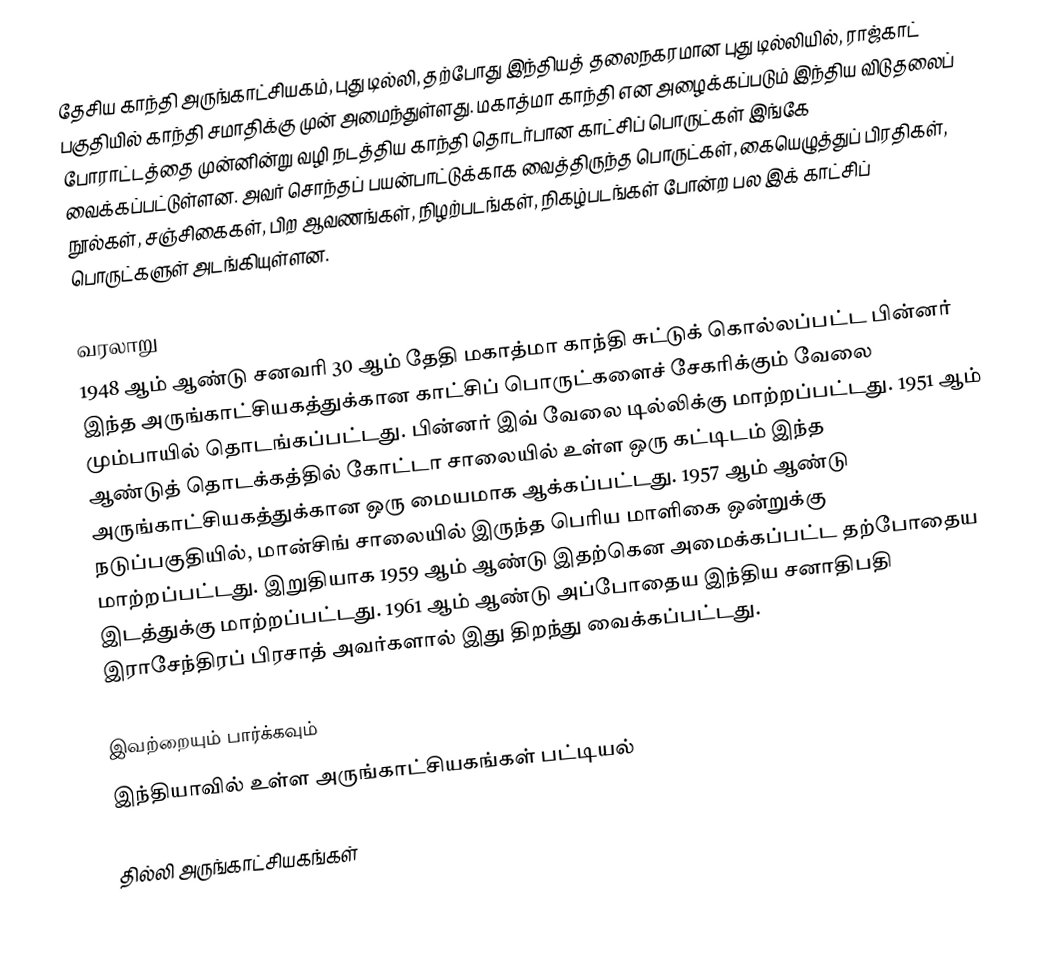
தேசிய காந்தி அருங்காட்சியகம், புது டில்லி, தற்போது இந்தியத் தலைநகரமான புது டில்லியில், ராஜ்காட் பகுதியில் காந்தி சமாதிக்கு முன் அமைந்துள்ளது. மகாத்மா காந்தி என அழைக்கப்படும் இந்திய விடுதலைப் போராட்டத்தை முன்னின்று வழி நடத்திய காந்தி தொடர்பான காட்சிப் பொருட்கள் இங்கே வைக்கப்பட்டுள்ளன. அவர் சொந்தப் பயன்பாட்டுக்காக வைத்திருந்த பொருட்கள், கையெழுத்துப் பிரதிகள், நூல்கள், சஞ்சிகைகள், பிற ஆவணங்கள், நிழற்படங்கள், நிகழ்படங்கள் போன்ற பல இக் காட்சிப் பொருட்களுள் அடங்கியுள்ளன.

வரலாறு
1948 ஆம் ஆண்டு சனவரி 30 ஆம் தேதி மகாத்மா காந்தி சுட்டுக் கொல்லப்பட்ட பின்னர் இந்த அருங்காட்சியகத்துக்கான காட்சிப் பொருட்களைச் சேகரிக்கும் வேலை மும்பாயில் தொடங்கப்பட்டது. பின்னர் இவ் வேலை டில்லிக்கு மாற்றப்பட்டது. 1951 ஆம் ஆண்டுத் தொடக்கத்தில் கோட்டா சாலையில் உள்ள ஒரு கட்டிடம் இந்த அருங்காட்சியகத்துக்கான ஒரு மையமாக ஆக்கப்பட்டது. 1957 ஆம் ஆண்டு நடுப்பகுதியில், மான்சிங் சாலையில் இருந்த பெரிய மாளிகை ஒன்றுக்கு மாற்றப்பட்டது. இறுதியாக 1959 ஆம் ஆண்டு இதற்கென அமைக்கப்பட்ட தற்போதைய இடத்துக்கு மாற்றப்பட்டது. 1961 ஆம் ஆண்டு அப்போதைய இந்திய சனாதிபதி இராசேந்திரப் பிரசாத் அவர்களால் இது திறந்து வைக்கப்பட்டது.

இவற்றையும் பார்க்கவும்
 இந்தியாவில் உள்ள அருங்காட்சியகங்கள் பட்டியல்

தில்லி அருங்காட்சியகங்கள்